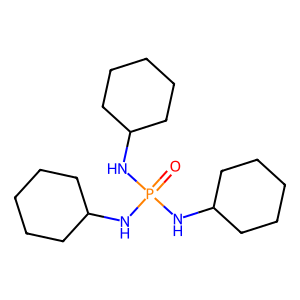
SMILES: O=P(NC1CCCCC1)(NC1CCCCC1)NC1CCCCC1
Inhibits HIV replication: No